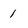
Character: 1